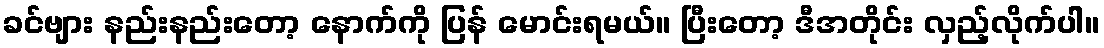
ခင်ဗျား နည်းနည်းတော့ နောက်ကို ပြန် မောင်းရမယ်။ ပြီးတော့ ဒီအတိုင်း လှည့်လိုက်ပါ။